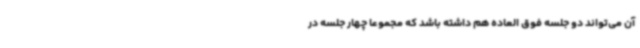
آن می‌تواند دو جلسه فوق العاده هم داشته باشد که مجموعا چهار جلسه در